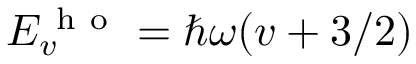
E _ { v } ^ { \mathrm { ~ h ~ o ~ } } = \hbar \omega ( v + 3 / 2 )